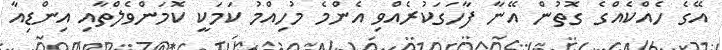
އޭގެ ހެއްކެއްގެ ގޮތުން އޭނާ ފާހަގަކުރެއްވި އެންމެ މުހިއްމު ކަމަކީ ކޮމަންވެލްތާއި އިންޑިއާ